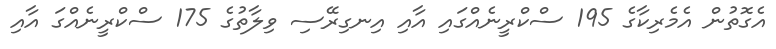
އެގޮތުން އެމެރިކާގެ 195 ސްކްރީނެއްގައި އާއި އިނގިރޭސި ވިލާތުގެ 175 ސްކްރީނެއްގަ އާއި